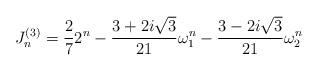
LaTeX: \begin{align*}J_{n}^{(3)}=\frac{2}{7}2^{n}-\frac{3+2i\sqrt{3}}{21}\omega_{1}^{n}-\frac{3-2i\sqrt{3}}{21}\omega_{2}^{n}\end{align*}